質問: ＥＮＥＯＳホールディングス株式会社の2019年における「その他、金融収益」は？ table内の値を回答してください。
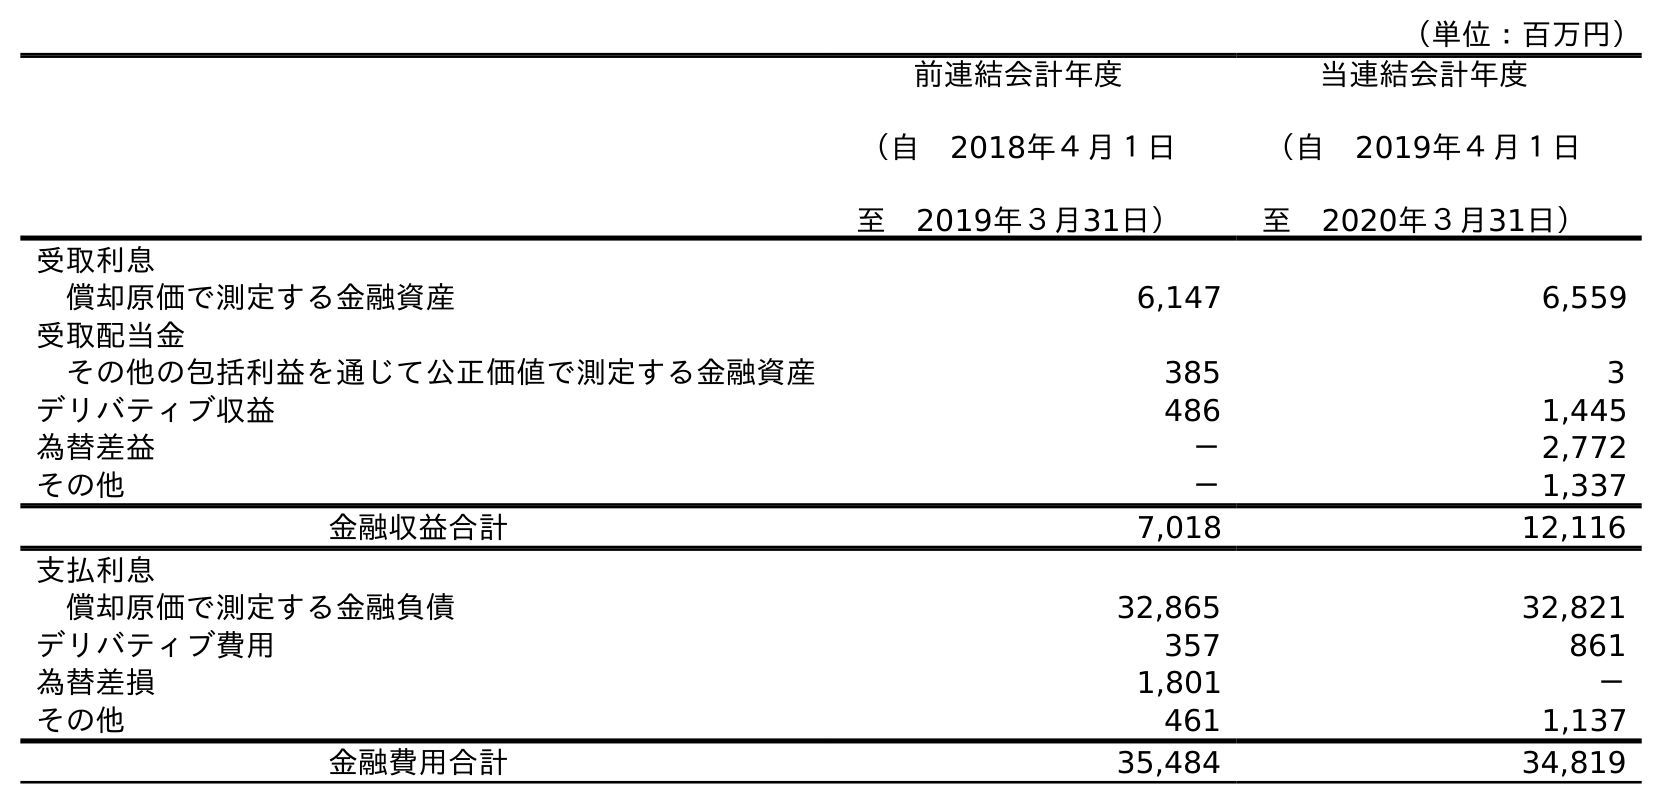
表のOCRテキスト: （単位：百万円） 前連結会計年度 （自 2018年４月１日 至 2019年３月31日） 当連結会計年度 （自 2019年４月１日 至 2020年３月31日） 受取利息 償却原価で測定する金融資産 6,147 6,559 受取配当金 その他の包括利益を通じて公正価値で測定する金融資産 385 3 デリバティブ収益 486 1,445 為替差益 － 2,772 その他 － 1,337 金融収益合計 7,018 12,116 支払利息 償却原価で測定する金融負債 32,865 32,821 デリバティブ費用 357 861 為替差損 1,801 － その他 461 1,137 金融費用合計 35,484 34,819
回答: －